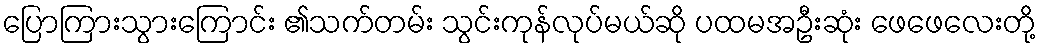
ပြောကြားသွားကြောင်း ၏သက်တမ်း သွင်းကုန်လုပ်မယ်ဆို ပထမအဦးဆုံး ဖေဖေလေးတို့